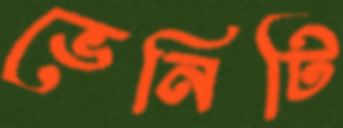
ভেনিটি